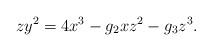
LaTeX: \begin{align*}zy^2 = 4x^3 - g_2 xz^2 - g_3 z^3 .\end{align*}